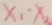
x _ { 1 } \cdot x _ { 2 }